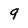
Character: 9